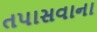
તપાસવાના